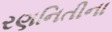
રણનિતીના